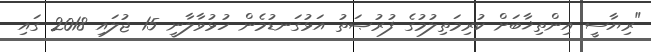
"ރިޔާސީ އިންތިޚާބަށް ކުރިމަތިލުމުގެ ފުރުޞަތު އަޅުގަނޑުމެން ހުޅުވާލާނީ 15 ޖުލައި 2018 ގައި